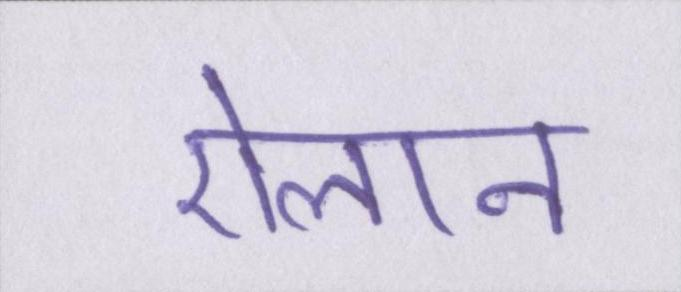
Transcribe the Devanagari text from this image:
ऐलान